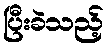
ပြီးခဲသည့်